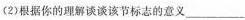
(2)根据你的理解谈谈该节标志的意义___